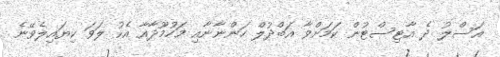
އަސްލު ދެ އާޓިސްޓުން ކަމަށްވާ އަބްދުލް ހަންނާނާއި މަހުމޫދާއާ އެކު ލަވަ ކިޔައިލެވޭނެ